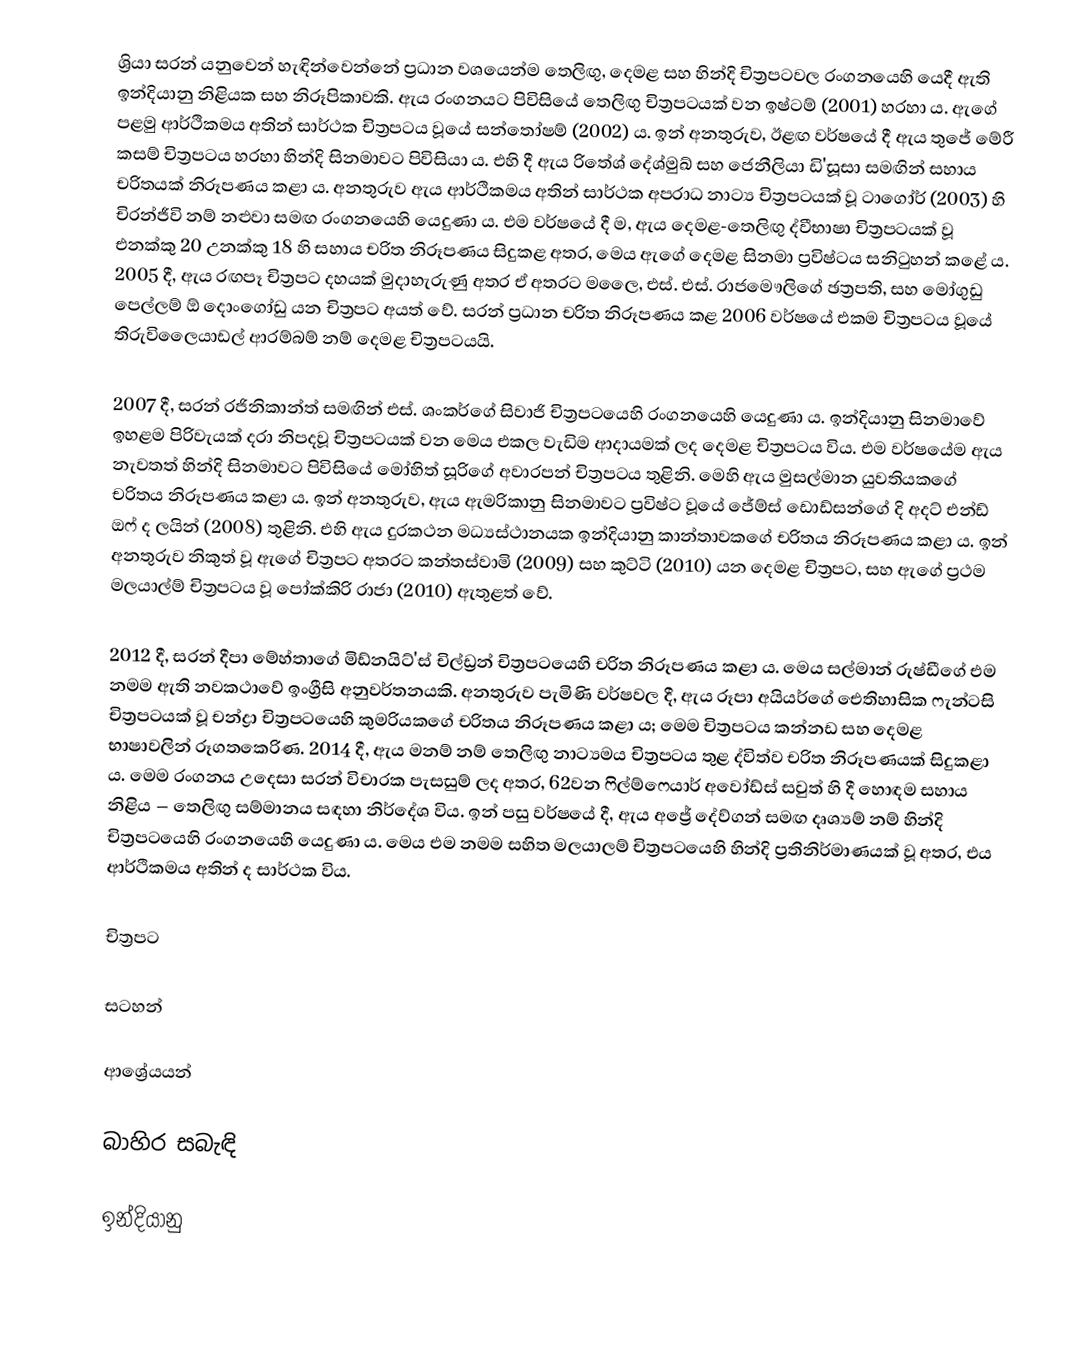
ශ්‍රියා සරන් යනුවෙන් හැඳින්වෙන්නේ ප්‍රධාන වශයෙන්ම තෙලිඟු, දෙමළ සහ හින්දි චිත්‍රපටවල රංගනයෙහි යෙදී ඇති ඉන්දියානු නිළියක සහ නිරූපිකාවකි. ඇය රංගනයට පිවිසියේ තෙලිඟු චිත්‍රපටයක් වන ඉෂ්ටම් (2001) හරහා ය. ඇගේ පළමු ආර්ථිකමය අතින් සාර්ථක චිත්‍රපටය වූයේ සන්තෝෂම් (2002) ය. ඉන් අනතුරුව, ඊළඟ වර්ෂයේ දී ඇය තුජේ මේරී කසම් චිත්‍රපටය හරහා හින්දි සිනමාවට පිවිසියා ය. එහි දී ඇය රිතේශ් දේශ්මුඛ් සහ ජෙනීලියා ඩි'සූසා සමඟින් සහාය චරිතයක් නිරූපණය කළා ය. අනතුරුව ඇය ආර්ථිකමය අතින් සාර්ථක අපරාධ නාට්‍ය චිත්‍රපටයක් වූ ටාගෝර් (2003) හි චිරන්ජීවි නම් නළුවා සමඟ රංගනයෙහි යෙදුණා ය. එම වර්ෂයේ දී ම, ඇය දෙමළ-තෙලිඟු ද්වීභාෂා චිත්‍රපටයක් වූ එනක්කු 20 උනක්කු 18 හි සහාය චරිත නිරූපණය සිදුකළ අතර, මෙය ඇගේ දෙමළ සිනමා ප්‍රවිෂ්ටය සනිටුහන් කළේ ය. 2005 දී, ඇය රඟපෑ චිත්‍රපට දහයක් මුදාහැරුණු අතර ඒ අතරට මලෛ, එස්. එස්. ‍රාජමෞලිගේ ඡත්‍රපති, සහ මෝගුඩු පෙල්ලම් ඕ දොංගෝඩු යන චිත්‍රපට අයත් වේ. සරන් ප්‍රධාන චරිත නිරූපණය කළ 2006 වර්ෂයේ එකම චිත්‍රපටය වූයේ තිරුවිලෛයාඩල් ආරම්බම් නම් දෙමළ චිත්‍රපටයයි.

2007 දී, සරන් රජිනිකාන්ත් සමඟින් එස්. ශංකර්ගේ සිවාජි චිත්‍රපටයෙහි රංගනයෙහි යෙදුණා ය. ඉන්දියානු සිනමාවේ ඉහළම පිරිවැයක් දරා නිපදවූ චිත්‍රපටයක් වන මෙය එකල වැඩිම ආදායමක් ලද දෙමළ චිත්‍රපටය විය. එම වර්ෂයේම ඇය නැවතත් හින්දි සිනමාවට පිවිසියේ මෝහිත් සූරිගේ අවාරපන් චිත්‍රපටය තුළිනි. මෙහි ඇය මුසල්මාන යුවතියකගේ චරිතය නිරූපණය කළා ය. ඉන් අනතුරුව, ඇය ඇමරිකානු සිනමාවට ප්‍රවිෂ්ට වූයේ ජේම්ස් ඩොඩ්සන්ගේ දි අදට් එන්ඩ් ඔෆ් ද ලයින් (2008) තුළිනි. එහි ඇය දුරකථන මධ්‍යස්ථානයක ඉන්දියානු කාන්තාවකගේ චරිතය නිරූපණය කළා ය. ඉන් අනතුරුව නිකුත් වූ ඇගේ චිත්‍රපට අතරට කන්තස්වාමි (2009) සහ කුට්ටි (2010) යන දෙමළ චිත්‍රපට, සහ ඇගේ ප්‍රථම මලයාල්ම් චිත්‍රපටය වූ පෝක්කිරි රාජා (2010) ඇතුළත් වේ.

2012 දී, සරන් දීපා මේහ්තාගේ මිඩ්නයිට්'ස් චිල්ඩ්‍රන් චිත්‍රපටයෙහි චරිත නිරූපණය කළා ය. මෙය සල්මාන් රුෂ්ඩීගේ එම නමම ඇති නවකථාවේ ඉංග්‍රීසි අනුවර්තනයකි. අනතුරුව පැමිණි වර්ෂවල දී, ඇය රූපා අයියර්ගේ ඓතිහාසික ෆැන්ටසි චිත්‍රපටයක් වූ චන්ද්‍රා චිත්‍රපටයෙහි කුමරියකගේ චරිතය නිරූපණය කළා ය; මෙම චිත්‍රපටය කන්නඩ සහ දෙමළ භාෂාවලින් රූගතකෙරිණ. 2014 දී, ඇය මනම් නම් තෙලිඟු නාට්‍යමය චිත්‍රපටය තුළ ද්විත්ව චරිත නිරූපණයක් සිදුකළා ය. මෙම රංගනය උදෙසා සරන් විචාරක පැසසුම් ලද අතර, 62වන ෆිල්ම්ෆෙයාර් අවෝඩ්ස් සවුත් හි දී හොඳම සහාය නිළිය – තෙලිඟු සම්මානය සඳහා නිර්දේශ විය. ඉන් පසු වර්ෂයේ දී, ඇය අජ්‍රේ දේව්ගන් සමඟ දෘශ්‍යම් නම් හින්දි චිත්‍රපටයෙහි රංගනයෙහි යෙදුණා ය. මෙය එම නමම සහිත මලයාලම් චිත්‍රපටයෙහි හින්දි ප්‍රතිනිර්මාණයක් වූ අතර, එය ආර්ථිකමය අතින් ද සාර්ථක විය.

චිත්‍රපට

සටහන්

ආශ්‍රේයයන්

බාහිර සබැඳි

ඉන්දියානු